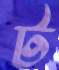
ট